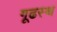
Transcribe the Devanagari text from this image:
गूढस्थ